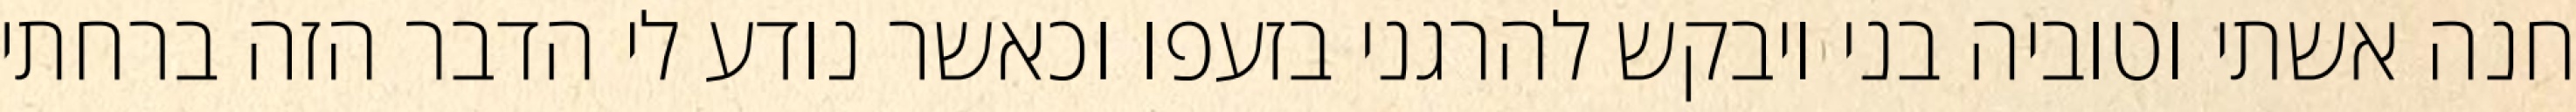
חנה אשתי וטוביה בני ויבקש להרגני בזעפו וכאשר נודע לי הדבר הזה ברחתי